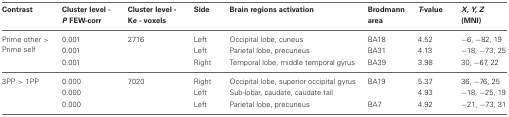
<table><thead><tr><td><b>Contrast</b></td><td><b>Cluster level - <i>P</i> FEW-corr</b></td><td><b>Cluster level - Ke - voxels</b></td><td><b>Side</b></td><td><b>Brain regions activation</b></td><td><b>Brodmann area</b></td><td><b><i>T</i>-value</b></td><td><b><i>X, Y, Z</i> (MNI)</b></td></tr></thead><tbody><tr><td rowspan="2">Prime other &gt; Prime self</td><td>0.001</td><td>2716</td><td>Left</td><td>Occipital lobe, cuneus</td><td>BA18</td><td>4.52</td><td>−6, −82, 19</td></tr><tr><td>0.001</td><td></td><td>Left</td><td>Parietal lobe, precuneus</td><td>BA31</td><td>4.13</td><td>−18, −73, 25</td></tr><tr><td></td><td>0.001</td><td></td><td>Right</td><td>Temporal lobe, middle temporal gyrus</td><td>BA39</td><td>3.98</td><td>30, −67, 22</td></tr><tr><td>3PP &gt; 1PP</td><td>0.000</td><td>7020</td><td>Right</td><td>Occipital lobe, superior occipital gyrus</td><td>BA19</td><td>5.37</td><td>36, −76, 25</td></tr><tr><td></td><td>0.000</td><td></td><td>Left</td><td>Sub-lobar, caudate, caudate tail</td><td></td><td>4.93</td><td>−18, −25, 19</td></tr><tr><td></td><td>0.000</td><td></td><td>Left</td><td>Parietal lobe, precuneus</td><td>BA7</td><td>4.92</td><td>−21, −73, 31</td></tr></tbody></table>